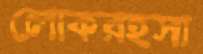
লোকরহস্য